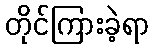
တိုင်ကြားခဲ့ရာ